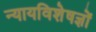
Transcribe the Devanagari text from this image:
न्यायविशेषज्ञों